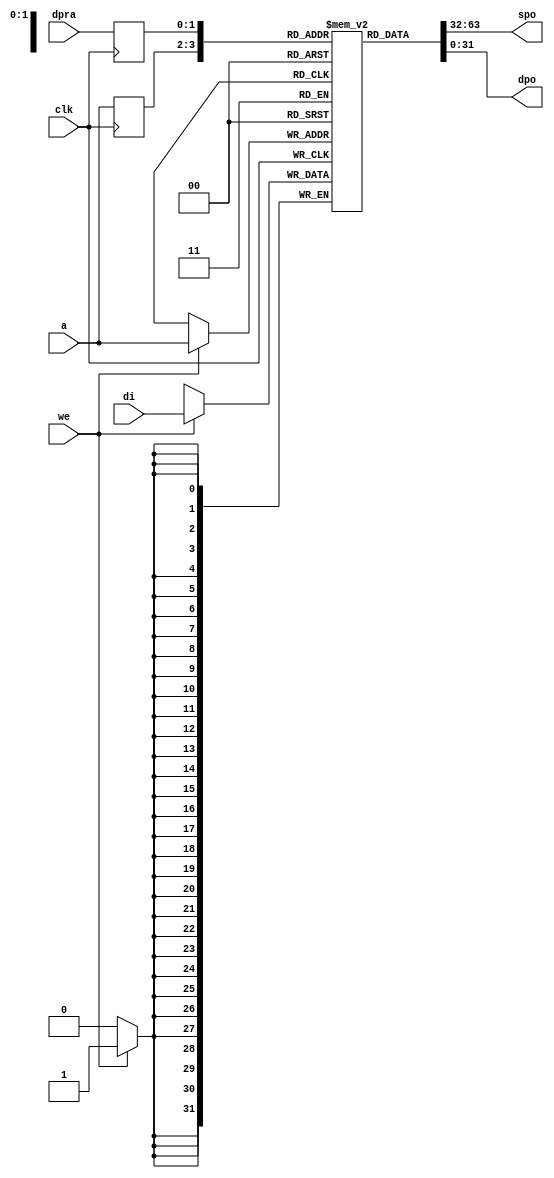
//=======================================================================
//                        Project Polyphony
//
// File:
//   fm_cmn_bram_00.v
//
// Abstract:
//   Dualport RAM, which will be mapped onto block ram
//
//  Created:
//    20 October 2008
//
// Copyright (c) 2008  Kenji Ishimaru, All rights reserved.
//
//======================================================================
//  Revision History

// sssssssynthesis attribute ram_style of fm_cmn_bram_00 is block;

module fm_cmn_bram_00 (
    clk,
    we,
    a,
    dpra,
    di,
    spo,
    dpo
 );

//////////////////////////////////
// parameter
//////////////////////////////////
    parameter P_WIDTH = 32;
    parameter P_RANGE = 2;
    parameter P_DEPTH = 1 << P_RANGE;
//////////////////////////////////
// I/O port definition
//////////////////////////////////
    input                clk;
    input                we;
    input  [P_RANGE-1:0] a;
    input  [P_RANGE-1:0] dpra;
    input  [P_WIDTH-1:0] di;
    output [P_WIDTH-1:0] spo;
    output [P_WIDTH-1:0] dpo;

//////////////////////////////////
// reg 
//////////////////////////////////
    reg [P_WIDTH-1:0] ram [P_DEPTH-1:0];
    reg [P_RANGE-1:0] read_a;
    reg [P_RANGE-1:0] read_dpra;

//////////////////////////////////
// assign 
//////////////////////////////////
    assign spo = ram[read_a];
    assign dpo = ram[read_dpra];
//////////////////////////////////
// always
//////////////////////////////////
    always @(posedge clk) begin
        if (we) ram[a] <= di;
        read_a <= a;
        read_dpra <= dpra;
    end

endmodule